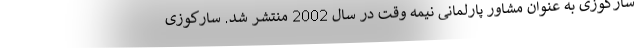
سارکوزی به عنوان مشاور پارلمانی نیمه وقت در سال 2002 منتشر شد. سارکوزی